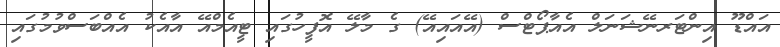
އައްޑޫ އިންޓަރނޭޝަނަލް އެއާޕޯޓްސް (އޭއައިއޭ) ގެ މާލޭ އޮފީހުގައި ޓީއެމްއޭ އާއެކު އެއްބަސްވުމުގައި